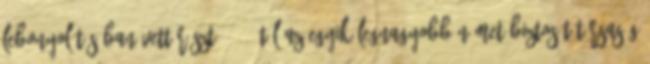
lebonyolításában vett részt. 2004-től az egyik legnagyobb német biztosítótársaság